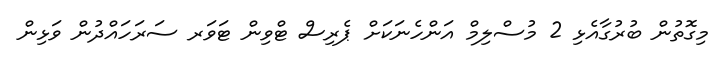
މިގޮތުން ބުރުގާއެޅި 2 މުސްލިމް އަންހެނަކަށް ޕެރިސް ޓްވިން ޓަވަރ ސަރަހައްދުން ވަޅިން